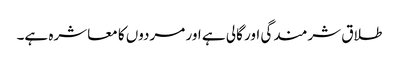
طلاق شرمندگی اور گالی ہے اور مردوں کا معاشرہ ہے۔